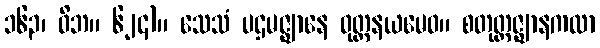
၁၆၃၊ ဝိဘ။ ၆၂၄)။ သေသံ ပဌမဇ္ဈာနေ ဝုတ္တနယမေဝ။ စတုတ္ထဇ္ဈာနကထာ